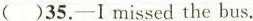
( )35.-I missed the bus.